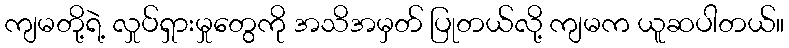
ကျမတို့ရဲ့ လှုပ်ရှားမှုတွေကို အသိအမှတ် ပြုတယ်လို့ ကျမက ယူဆပါတယ်။